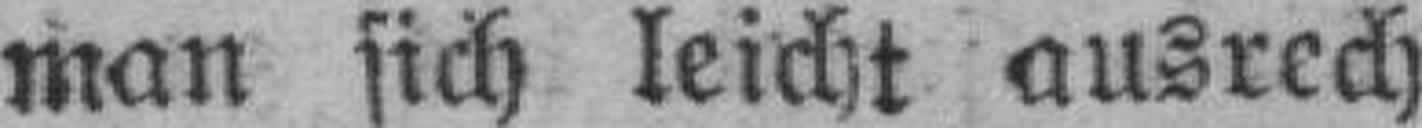
man sich leicht ausrech